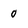
Character: 0